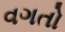
વગતો